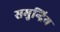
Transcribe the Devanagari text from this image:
समुन्द्रिय